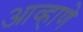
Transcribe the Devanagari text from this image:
आव्हाणे